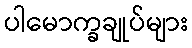
ပါမောက္ခချုပ်များ